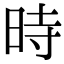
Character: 時